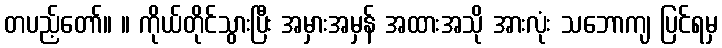
တပည့်တော်။ ။ ကိုယ်တိုင်သွားပြီး အမှားအမှန် အထားအသို အားလုံး သဘောကျ ပြင်ရမှ